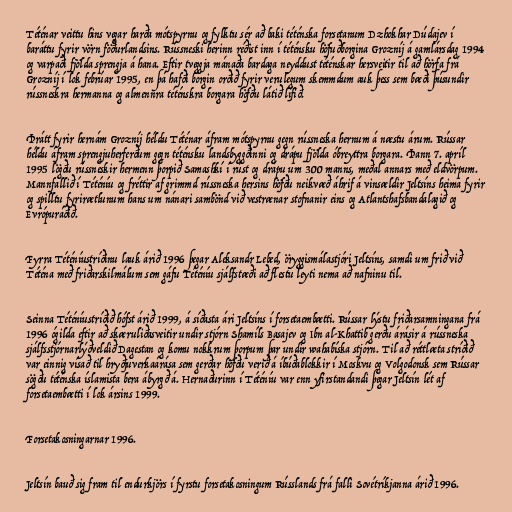
Téténar veittu hins vegar harða mótspyrnu og fylktu sér að baki téténska forsetanum Dzhokhar Dúdajev í
baráttu fyrir vörn föðurlandsins. Rússneski herinn réðist inn í téténsku höfuðborgina Grozníj á gamlársdag 1994
og varpaði fjölda sprengja á hana. Eftir tveggja mánaða bardaga neyddust téténskar hersveitir til að hörfa frá
Grozníj í lok febrúar 1995, en þá hafði borgin orðið fyrir verulegum skemmdum auk þess sem bæði þúsundir
rússneskra hermanna og almennra téténskra borgara höfðu látið lífið.

Þrátt fyrir hernám Grozníj héldu Téténar áfram mótspyrnu gegn rússneska hernum á næstu árum. Rússar
héldu áfram sprengjuherferðum gegn téténsku landsbyggðinni og drápu fjölda óbreyttra borgara. Þann 7. apríl
1995 lögðu rússneskir hermenn þorpið Samashkí í rúst og drápu um 300 manns, meðal annars með eldvörpum.
Mannfallið í Téténíu og fréttir af grimmd rússneska hersins höfðu neikvæð áhrif á vinsældir Jeltsíns heima fyrir
og spilltu fyrirætlunum hans um nánari sambönd við vestrænar stofnanir eins og Atlantshafsbandalagið og
Evrópuráðið.

Fyrra Téténíustríðinu lauk árið 1996 þegar Aleksandr Lebed, öryggismálastjóri Jeltsíns, samdi um frið við
Téténa með friðarskilmálum sem gáfu Téténíu sjálfstæði að flestu leyti nema að nafninu til.

Seinna Téténíustríðið hófst árið 1999, á síðasta ári Jeltsíns í forsetaembætti. Rússar lýstu friðarsamningana frá
1996 ógilda eftir að skæruliðasveitir undir stjórn Shamíls Basajev og Ibn al-Khattib gerðu árásir á rússneska
sjálfsstjórnarlýðveldið Dagestan og komu nokkrum þorpum þar undir wahabíska stjórn. Til að réttlæta stríðið
var einnig vísað til hryðjuverkaárása sem gerðar höfðu verið á íbúðablokkir í Moskvu og Volgodonsk sem Rússar
sögðu téténska íslamista bera ábyrgð á. Hernaðurinn í Téténíu var enn yfirstandandi þegar Jeltsín lét af
forsetaembætti í lok ársins 1999.

Forsetakosningarnar 1996.

Jeltsín bauð sig fram til endurkjörs í fyrstu forsetakosningum Rússlands frá falli Sovétríkjanna árið 1996.